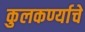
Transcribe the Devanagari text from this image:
कुलकर्ण्याचे